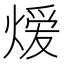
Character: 𬊺